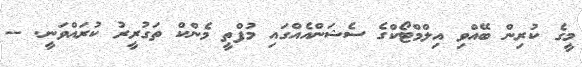
މީގެ ކުރިން ބޭއްވި އިލްމްޓޯކްގެ ސެޝަންއެއްގައި މުފްތީ މެންކް ތަގުރީރު ކުރައްވަނީ. --